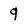
Character: 9